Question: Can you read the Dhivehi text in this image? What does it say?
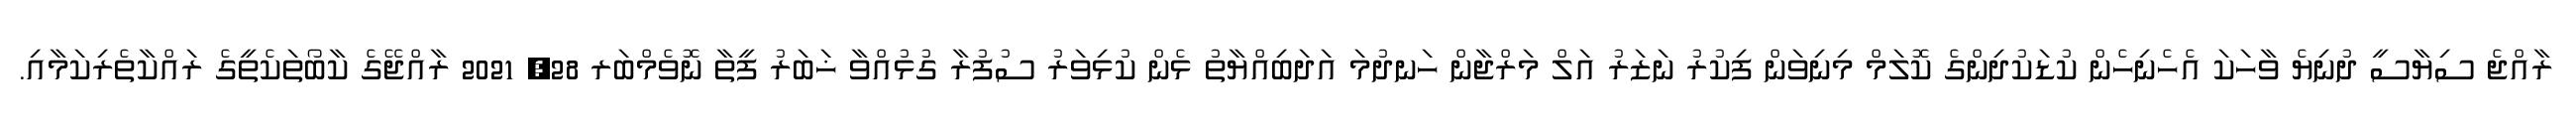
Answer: ރާއްޖެ ސިޔާސީ ދުނިޔެ ވާހަކަ އެހެނިހެން ކުޑަކުދިންގެ ކޮލަމް މިނިވަން ފިކުރު ނަޒަރު އަލް މަރްޖާން ހަނދުމަ އަދަބިއްޔާތު ޅެން ކުޅިވަރު ސުފުރާ ގުޅުއްވާ ޚަބަރު ފީތާ ނޮވެމްބަރ 28, 2021 ރާއްޖޭގެ ކާބޯތަކެތީގެ ރައްކާތެރިކަމާއި.